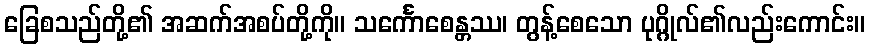
ခြေစသည်တို့၏ အဆက်အစပ်တို့ကို။ သင်္ကောစေန္တဿ၊ တွန့်စေသော ပုဂ္ဂိုလ်၏လည်းကောင်း။